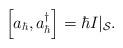
LaTeX: \begin{align*}\left[ a_{\hbar},a_{\hbar}^{\dag}\right] =\hbar I|_{\mathcal{S}}.\end{align*}